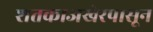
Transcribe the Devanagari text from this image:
शतकाअखेरपासून